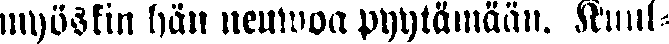
myöskin hän neuwoa pyytämään. Kuul-